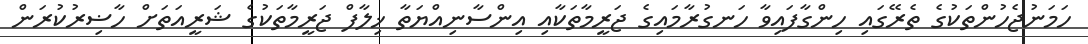
ހަމަނުޖެހުންތަކުގެ ތެރޭގައި ހިންގާފައިވާ ހަނގުރާމައިގެ ޖަރީމާތަކާއި އިންސާނިއްޔަތާ ޚިލާފް ޖަރީމާތަކުގެ ޝަރީއަތަށް ހާޟިރުކުރަން